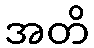
အတိ